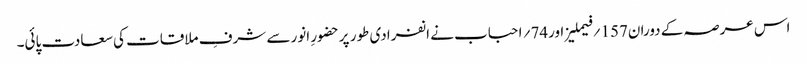
اس عرصہ کے دوران157 ؍فیملیز اور74؍ احباب نے انفرادی طور پرحضورِ انور سے شرفِ ملاقات کی سعادت پائی۔